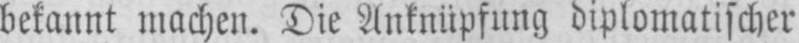
bekannt machen. Die Anknüpfung diplomatischer